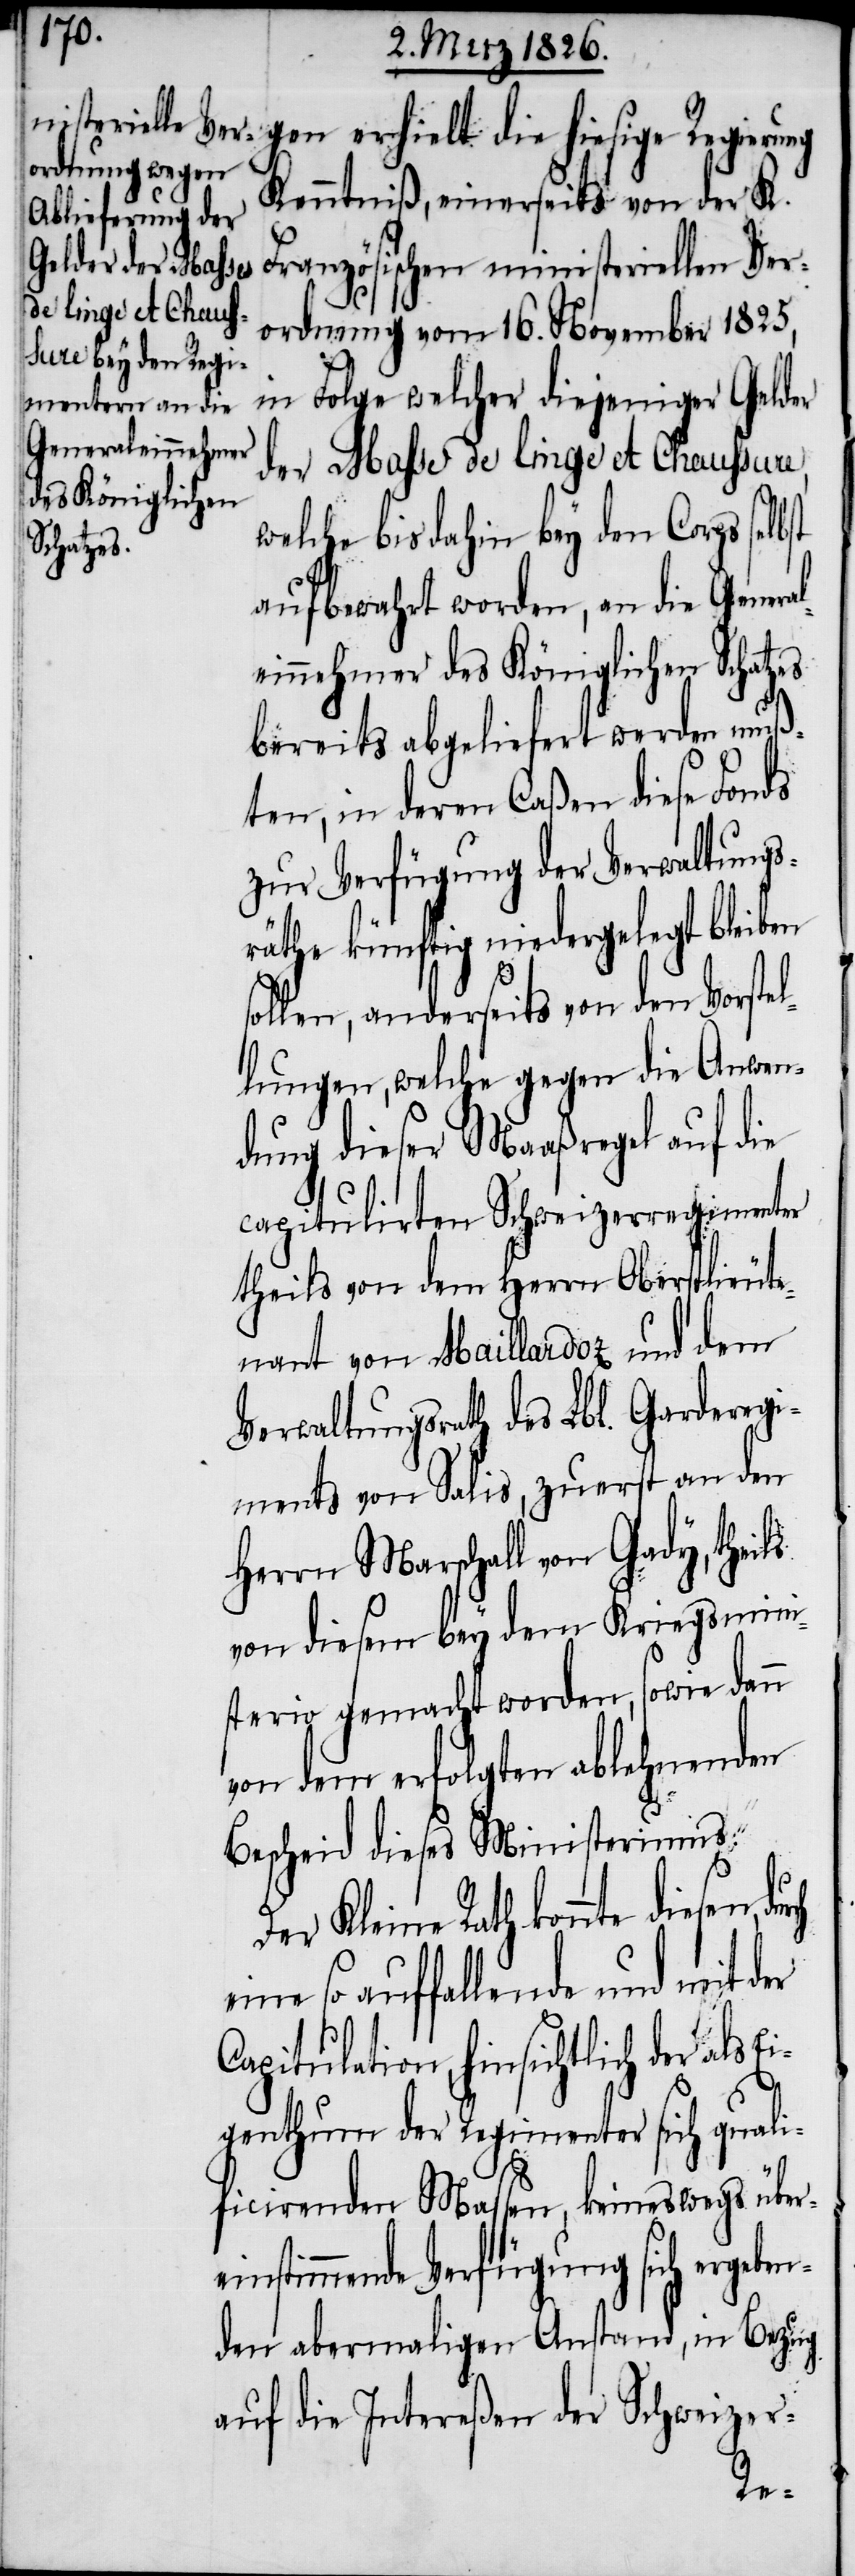
neraleinnehmer
des Königlichen
Schatzes

gen erhielt die hiesige
Kenntniß, einerseits von der K.
Französischen ministeriellen Ver¬
ordnung vom 16. November 1825.,
in Folge welcher diejeniger Gelder
der Masse de linge et Chaussure,
welche bis dahin bey dem Corps selb¬
aufbewahrt worden, an die Ge¬
bereits abgeliefert werden muß¬
ten, in deren Caßen diese Fonds
zur Verfügung der Verwaltungs¬
räthe künftig niedergelegt bleiben
sollen, anderseits von den Vorstel¬
lungen, welche gegen die Anwen¬
dung dieser Maaßregel auf die
capitulirten Schweizerregimenter
theils von dem Herrn Oberstlieute¬
nant von Maillardoz und dem
Verwaltungsrath des Lbl. Garderegi¬
ments von Salis, zuerst an den
Herrn Marschall von Gady, theils
von diesem bey dem Kriegsmini¬
sterio gemacht worden, sowie dann
von dem erfolgten ablehnenden
Bescheid dieses Ministeriums.
r Kleine Rath konnte diesen,
so auffallende und mit der
Capitulation, hinsichtlich der als
E¬
igenthum der Regimenter sich quali¬
st
ficirenden Massen, keineswegs über¬
einstimmende Verfügung sich ergeben¬
den abermaligen Anstand, in Bezug
auf die Intereßen der Schweizer-
De¬